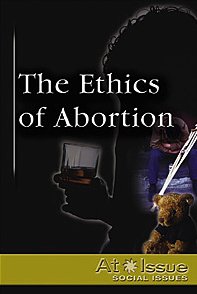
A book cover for The Ethics of Abortion (At Issue); Teen & Young Adult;